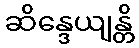
ဆိန္ဒေယျန္တိ